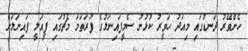
ހެންވޭރު ދަނޑުގައި މިއަދު ހަވީރު ކުޅުނު ސެމީފައިނަލުގެ ފުރަތަމަ މެޗުގައި ފީއަލީ ފައިނަލަށް